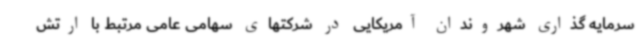
سرمایه گذاری شهروندان آمریکایی در شرکتهای سهامی عامی مرتبط با ارتش